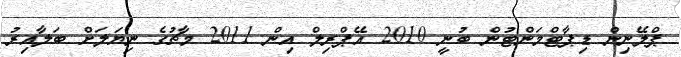
ޕްލޭނިން ޑިޕާޓްމަންޓުން ބުނީ 2010 އޭޕްރިލް އިން 2011 މާޗުގެ ނިޔަލަށް ބަލާއިރު